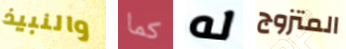
والنبيذ كما له المتزوج